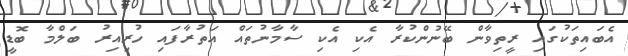
އެބައިތަކުގައި ރީތިވާން ބޭނުންކުރާ އެކި އެކި ސާމާނުތައް އަތުރާފައި ހުރިއިރު ބަލްމާ ބޮޑީ